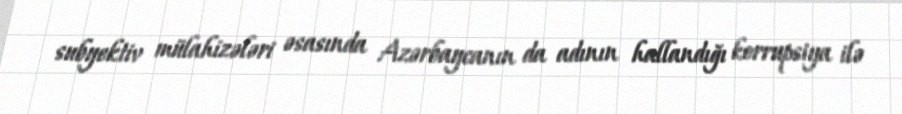
subyektiv mülahizələri əsasında Azərbaycanın da adının hallandığı korrupsiya ilə